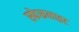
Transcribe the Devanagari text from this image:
स्फेरूलाइट